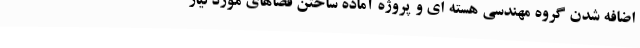
اضافه شدن گروه مهندسی هسته ای و پروژه آماده ساختن فضاهای مورد نیاز